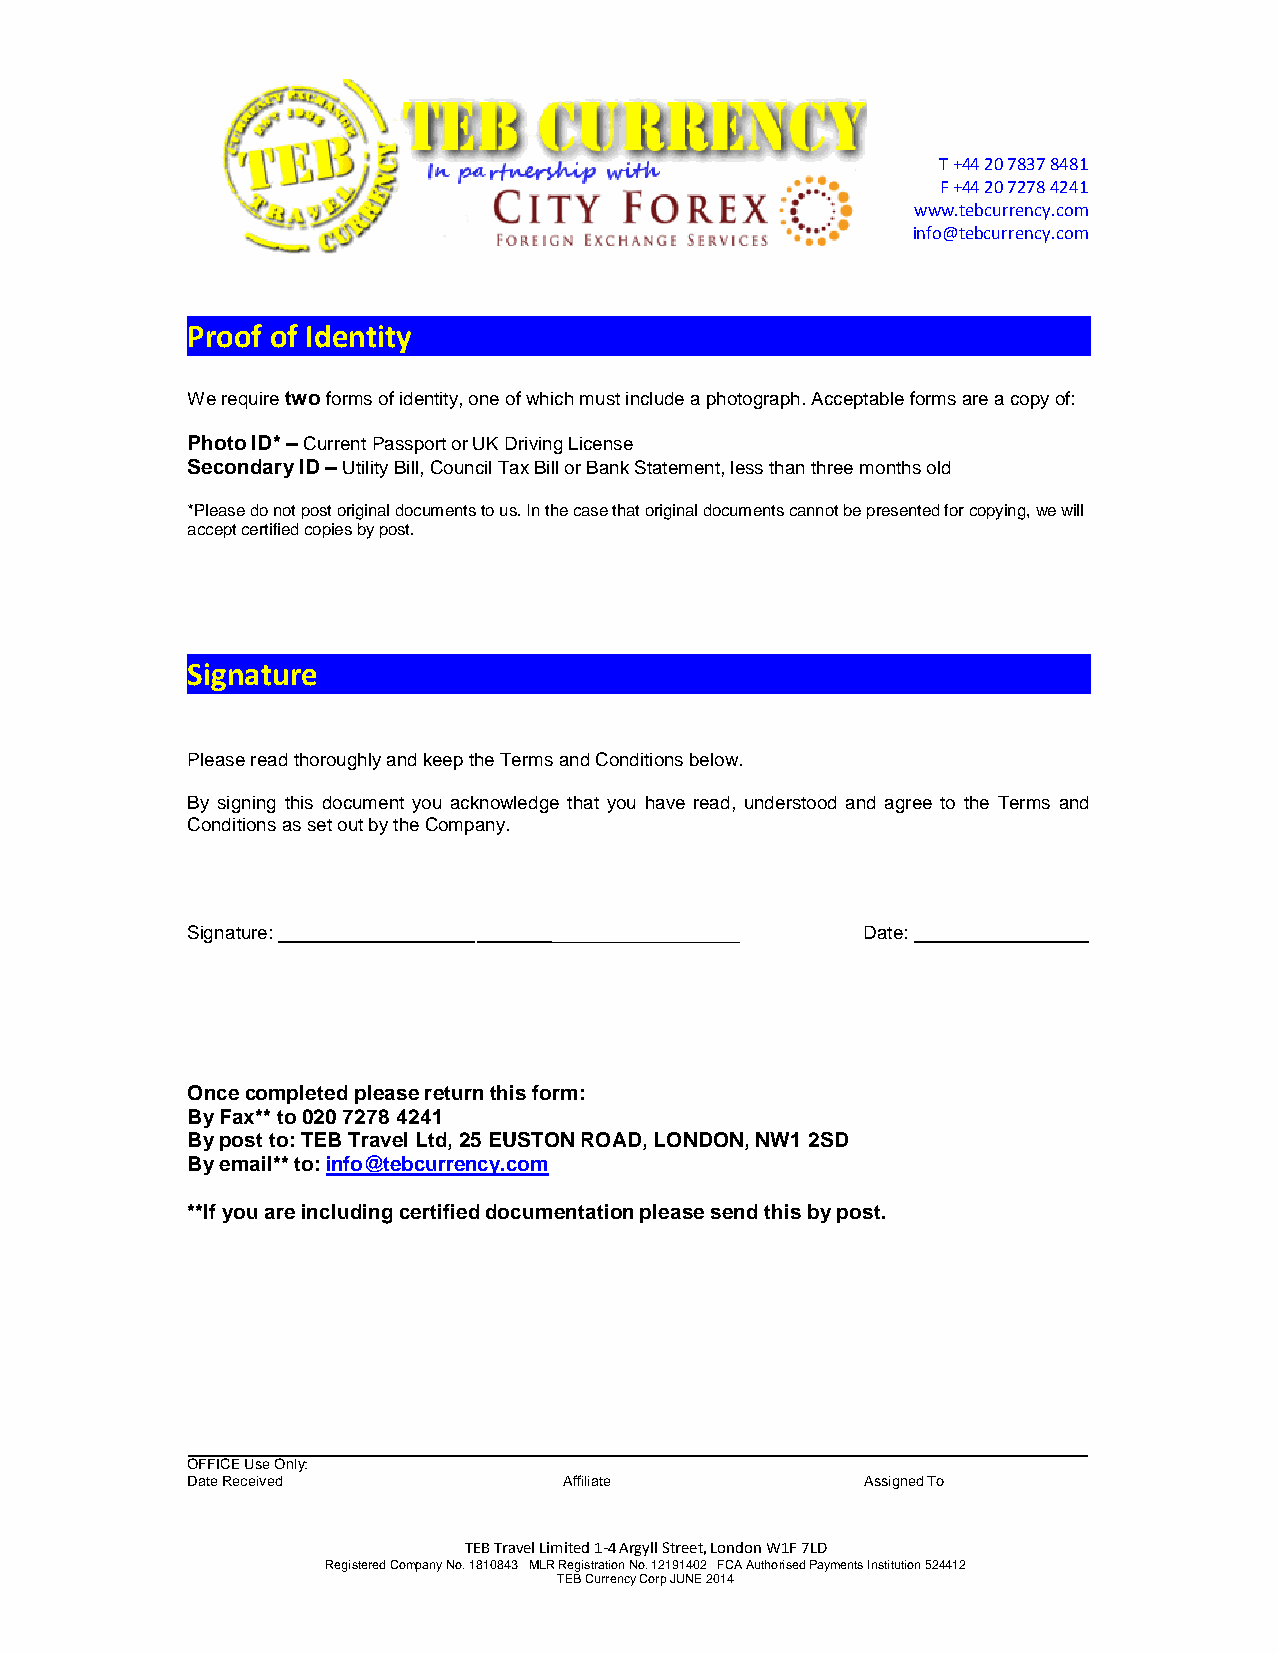
T +44 20 7837 8481
 F +44 20 7278 4241
 www.tebcurrency.com
 info@tebcurrency.com
 Proof of Identity
 We require two forms of identity, one of which must include a photograph. Acceptable forms are a copy of:
 Photo ID* – Current Passport or UK Driving License
 Secondary ID – Utility Bill, Council Tax Bill or Bank Statement, less than three months old
 *Please do not post original documents to us. In the case that original documents cannot be presented for copying, we will
 accept certified copies by post.
 Signature
 Please read thoroughly and keep the Terms and Conditions below.
 By signing this document you acknowledge that you have read, understood and agree to the Terms and
 Conditions as set out by the Company.
 Signature:                                   Date:
 Once completed please return this form:
 By Fax** to 020 7278 4241
 By post to: TEB Travel Ltd, 25 EUSTON ROAD, LONDON, NW1 2SD
 By email** to: info@tebcurrency.com
 **If you are including certified documentation please send this by post.
 OFFICE Use Only:
 Date Received            Affiliate           Assigned To
 TEB Travel Limited 1-4 Argyll Street, London W1F 7LD
 Registered Company No. 1810843 MLR Registration No. 12191402 FCA Authorised Payments Institution 524412
 TEB Currency Corp JUNE 2014